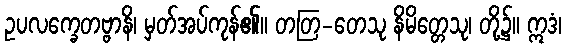
ဥပလက္ခေတဗ္ဗာနိ၊ မှတ်အပ်ကုန်၏။ တတြ-တေသု နိမိတ္တေသု၊ တို့၌။ ဣဒံ၊